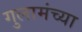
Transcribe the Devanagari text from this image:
गुलामंच्या